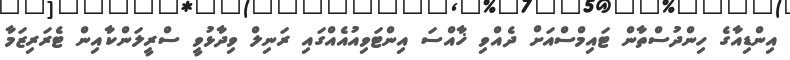
އިންޑިއާގެ ހިންދުސްތާން ޓައިމްސްއަށް ދެއްވި ޚާއްސަ އިންޓަވިއުއެއްގައި ރަނިލް ވިދާޅުވީ ސްރީލަންކާއިން ޓެރަރިޒަމާ